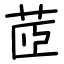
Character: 茝